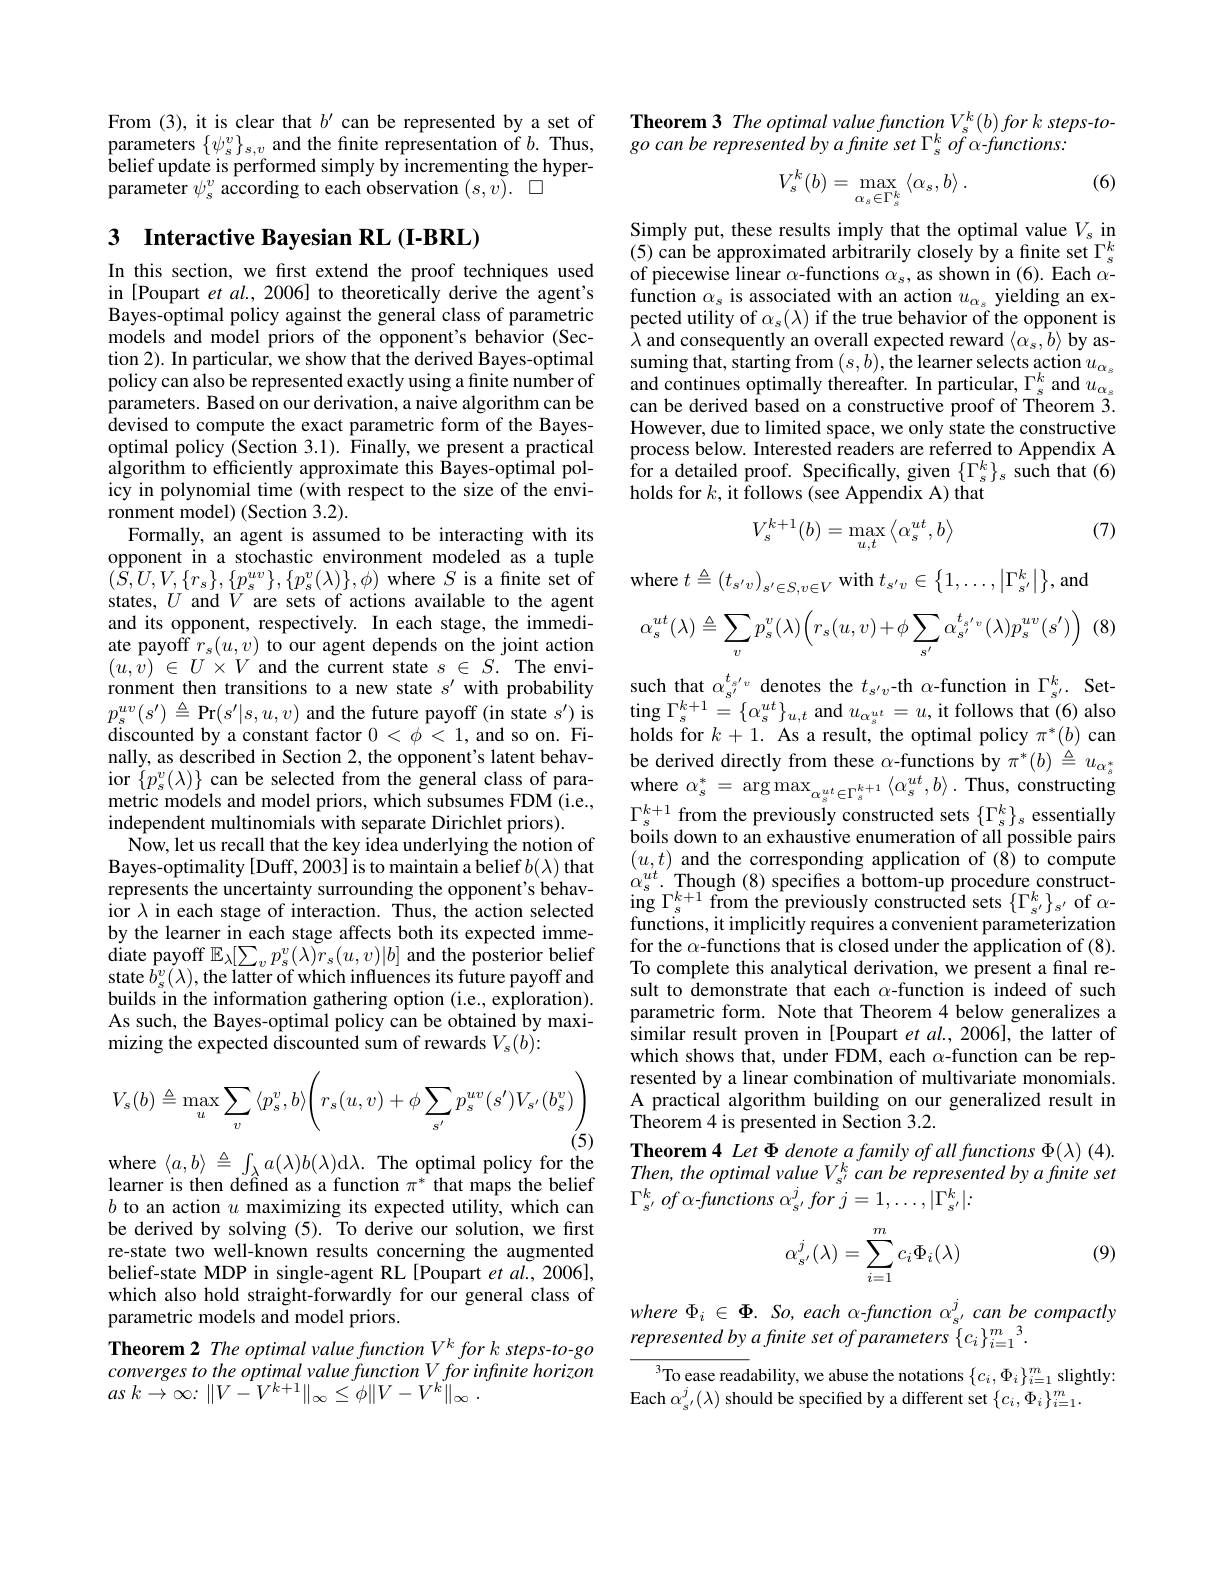
From (3), it is clear that $b^\prime$ can be represented by a set of parameters $\{\psi_{s}^{v}\}_{s,v}$ and the finite representation of $b.$ Thus, belief update is performed simply by incrementing the hyperparameter $\psi_s^v$ according to each observation $( s, v) .$ $\square$

## 3 Interactive Bayesian RL(I-BRL)

In this section, we first extend the proof techniques used in [Poupart et al., 2006] to theoretically derive the agent's Bayes-optimal policy against the general class of parametric models and model priors of the opponent's behavior (Section 2). In particular, we show that the derived Bayes-optimal policy can also be represented exactly using a finite number of parameters. Based on our derivation, a naive algorithm can be devised to compute the exact parametric form of the Bayesoptimal policy (Section 3.1). Finally, we present a practical algorithm to efficiently approximate this Bayes-optimal policy in polynomial time (with respect to the size of the envi- $\dot{\text{ronment model)(Section 3.2).}}$
Formally, an agent is assumed to be interacting with its opponent in a stochastic environment modeled as a tuple and its opponent, respectively. In each stage, the immediate payoff $r_s(u,v)$ to our agent depends on the joint action $( u, v)$ $\in$ $U\times V$ and the current state $s$ $\in$ $S.$ The environment then transitions to a new state $s^\prime$ with probability $p_{s}^{uv}(s^{\prime})\stackrel{\Delta}{=}$Pr$(s^\prime|s,u,v)$ and the future payoff (in state $s^\prime)$ is discounted by a constant factor $0<\phi<1$, and so on. Finally, as described in Section 2, the opponent's latent behavior $\{p_{s}^{v}(\lambda)\}$ can be selected from the general class of parametric models and model priors, which subsumes FDM (i.e., independent multinomials with separate Dirichlet priors).
Now, let us recall that the key idea underlying the notion of
Bayes-optimality[Duff,2003]istomaintaina belief$b(\lambda)$ that $\begin{array}{llllll}(u,t)&\text{and the corresponding application of~(8)~to~compute}\\\text{repressents the uncertainty surrounding the opponent's behav- }&\alpha_s^{ut}.&\text{Though (8) specifies a bottom-up procedure constr}\end{array}$
ior $\lambda$ in each stage of interaction. Thus, the action selected by the learner in each stage affects both its expected imme- $\mathop{\mathrm{diate~payoff~}\mathbb{E}}_{\lambda}[\sum_{v}p_{s}^{v}(\lambda)\tilde{r}_{s}(u,v)|b]$ and the posterior belief state $\bar{b}_{s}^{v}(\lambda)$,the latter of which influences its future payoff and builds in the information gathering option (i.e., exploration). As such, the Bayes-optimal policy can be obtained by maximizing the expected discounted sum of rewards $V_s(b){:}$
$$V_{s}(b)\triangleq\max_{u}\sum_{v}\langle p_{s}^{v},b\rangle\Bigg(r_{s}(u,v)+\phi\sum_{s^{\prime}}p_{s}^{uv}(s')V_{s'}(b_{s}^{v})\Bigg)$$
where $\langle a,b\rangle\triangleq\int_\lambda a(\lambda)b(\lambda)$d$\lambda.$The optimal policy for the learner is then defined as a function $\pi^*$ that maps the belief $b$ to an action $u$ maximizing its expected utility, which can be derived by solving (5). To derive our solution, we first re-state two well-known results concerning the augmented belief-state MDP in single-agent RL[Poupart et al., 2006], which also hold straight-forwardly for our general class of parametric models and model priors.
Theorem 2 The optimal value function Vk for k steps-to-go converges to the optimal value function V for infmite horizon $as$ $k\to \infty :$ $\| V- V^{k+ 1}\| _{\infty }\leq \phi \| V- V^{k}\| _{\infty }$ .

Theorem 3 The optimal value function $V_{s}^{k}(b)fork$ steps-to-
go can be represented by a finite set $\Gamma _{s}^{k}\textit{of α - functions: }$

(6)
$$V_s^k(b)=\max_{\alpha_s\in\Gamma_s^k}\left\langle\alpha_s,b\right\rangle.$$
Simply put, these results imply that the optimal value $V_s$ in (5) can be approximated arbitrarily closely by a finite set $\Gamma_{s}^{k}$ of piecewise linear $\alpha$-functions $\alpha_s$, as shown in (6). Each $\alpha$- function $\alpha_s$ is associated with an action $u_{\alpha_s}$ yielding an expected utility of $\alpha_s(\lambda)$ if the true behavior of the opponent is $\lambda$ and consequently an overall expected reward $\langle\alpha_s,b\rangle$ by assuming that, starting from $( s, b) , \text{\^ {the}learnerselectsaction}u_{\alpha _{s}}$ and continues optimally thereafter. In particular, $\Gamma_s^k$ and $u_{\alpha_s}$ can be derived based on a constructive proof of Theorem 3. However, due to limited space, we only state the constructive process below. Interested readers are referred to Appendix A for a detailed proof. Specifically, given $\{\Gamma_{s}^{k}\}_{s}$ such that(6) holds for $k$,it follows (see Appendix A) that

(7)
$$V_s^{k+1}(b)=\max_{u,t}\left\langle\alpha_s^{ut},b\right\rangle $$
$( S, U, V, \{ r_{s}\} , \{ p_{s}^{uv}\} , \{ p_{s}^{v}( \lambda ) \} , \phi )$ where $S$ is a finite set of where $t\triangleq ( t_{s^{\prime }v}) _{s^{\prime }\in S, v\in V}$ with $t_{s^{\prime }v}\in \left \{ 1, \ldots , \left | \Gamma _{s^{\prime }}^{k}\right | \right \} $,and states, $U$ and $V$ are sets of actions available to the agent
(8)
$$\alpha_s^{ut}(\lambda)\triangleq\sum_vp_s^v(\lambda)\Big(r_s(u,v)+\phi\sum_{s'}\alpha_{s'}^{t_{s'v}}(\lambda)p_s^{uv}(s')\Big)$$
such that $\alpha_{s^{\prime}}^{t_{s^{\prime}v}}$ denotes the $t_s^{\prime}v$-th $\alpha$-function in $\Gamma_s^{\prime}.$ Set- $\begin{array}{l}{\mathrm{ting~}\Gamma_{s}^{k+1}=\{\alpha_{s}^{ut}\}_{u,t}\mathrm{~and~}u_{\alpha_{s}^{ut}}=u,\mathrm{it~follows~that~(6)~also}}\\{\mathrm{holds~for~}k+1.\mathrm{~As~a~result,~the~optimal~policy~}\pi^{*}(b)\mathrm{~can}}\end{array}$ be derived directly from these $\alpha$-functions by $\pi^*(b)\triangleq u_{\alpha_s^*}$ where $\alpha_{s}^{*}=\arg\max_{\alpha_{s}^{ut}\in\Gamma_{s}^{k+1}}\left\langle\alpha_{s}^{ut},b\right\rangle.$Thus, constructing $\Gamma_{s}^{k+1}$ from the previously constructed sets $\{\Gamma_s^k\}_s$ essentially boils down to an exhaustive enumeration of all possible pairs functions, it implicitly requires a convenient parameterization for the $\alpha$-functions that is closed under the application of (8). To complete this analytical derivation, we present a final result to demonstrate that each $\alpha$-function is indeed of such parametric form. Note that Theorem 4 below generalizes a similar result proven in [Poupart et al., 2006], the latter of which shows that, under FDM, each $\alpha$-function can be represented by a linear combination of multivariate monomials. A practical algorithm building on our generalized result in ${\mathrm{Theorem~4~is~presented~in~Section~3.2.}}$
Theorem4 Let $\Phi$ denote a family of all functions $\Phi(\lambda)$ (4). Then, the optimal value V s' can be represented by a finite set $\Gamma _{s^{\prime }}^{k}$ $of$ $\alpha$-functions $\alpha _s^{\prime }for$ $j= 1, \ldots , | \Gamma _{s^{\prime }}^{k}| :$
$$\alpha_{s'}^j(\lambda)=\sum_{i=1}^mc_i\Phi_i(\lambda)$$
(9)

where $\Phi_i\in\Phi.$ So, each α-function α$_s^{\prime}$ can be compactly
represented by a finite set of parameters $\{c_i\}_{i=1}^m$ 3

$^3$To ease readability, we abuse the notations $\{c_i,\Phi_i\}_{i=1}^m$ slightly:
Each $\alpha_{s^{\prime}}^{j}(\lambda)$ should be specified by a different set $\{c_i,\Phi_i\}_{i=1}^{m}.$